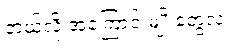
ဘယ်လို အကြောင်းမျိုးတွေလဲ